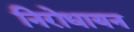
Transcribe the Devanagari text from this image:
निरोधायन